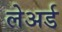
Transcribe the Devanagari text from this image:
लेअर्ड